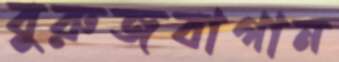
বুরুজবাগান